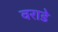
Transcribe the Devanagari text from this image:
वराडे